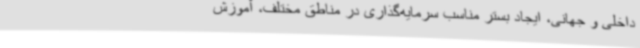
داخلی و جهانی، ایجاد بستر مناسب سرمایه‌گذاری در مناطق مختلف، آموزش